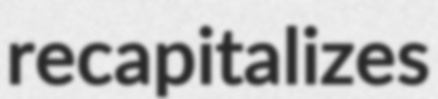
recapitalizes